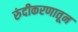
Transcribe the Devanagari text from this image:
रुंदीकरणातून